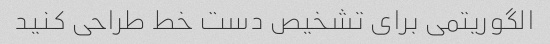
الگوریتمی برای تشخیص دست خط طراحی کنید